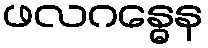
ဖလဂန္ဓေန